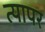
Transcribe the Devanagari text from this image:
त्यापर